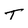
Character: T